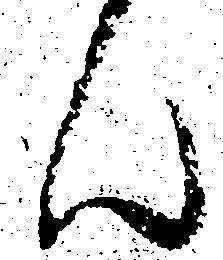
ん